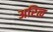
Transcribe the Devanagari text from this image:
अरित्व